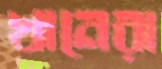
খানেরা